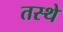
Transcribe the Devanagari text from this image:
तस्थे